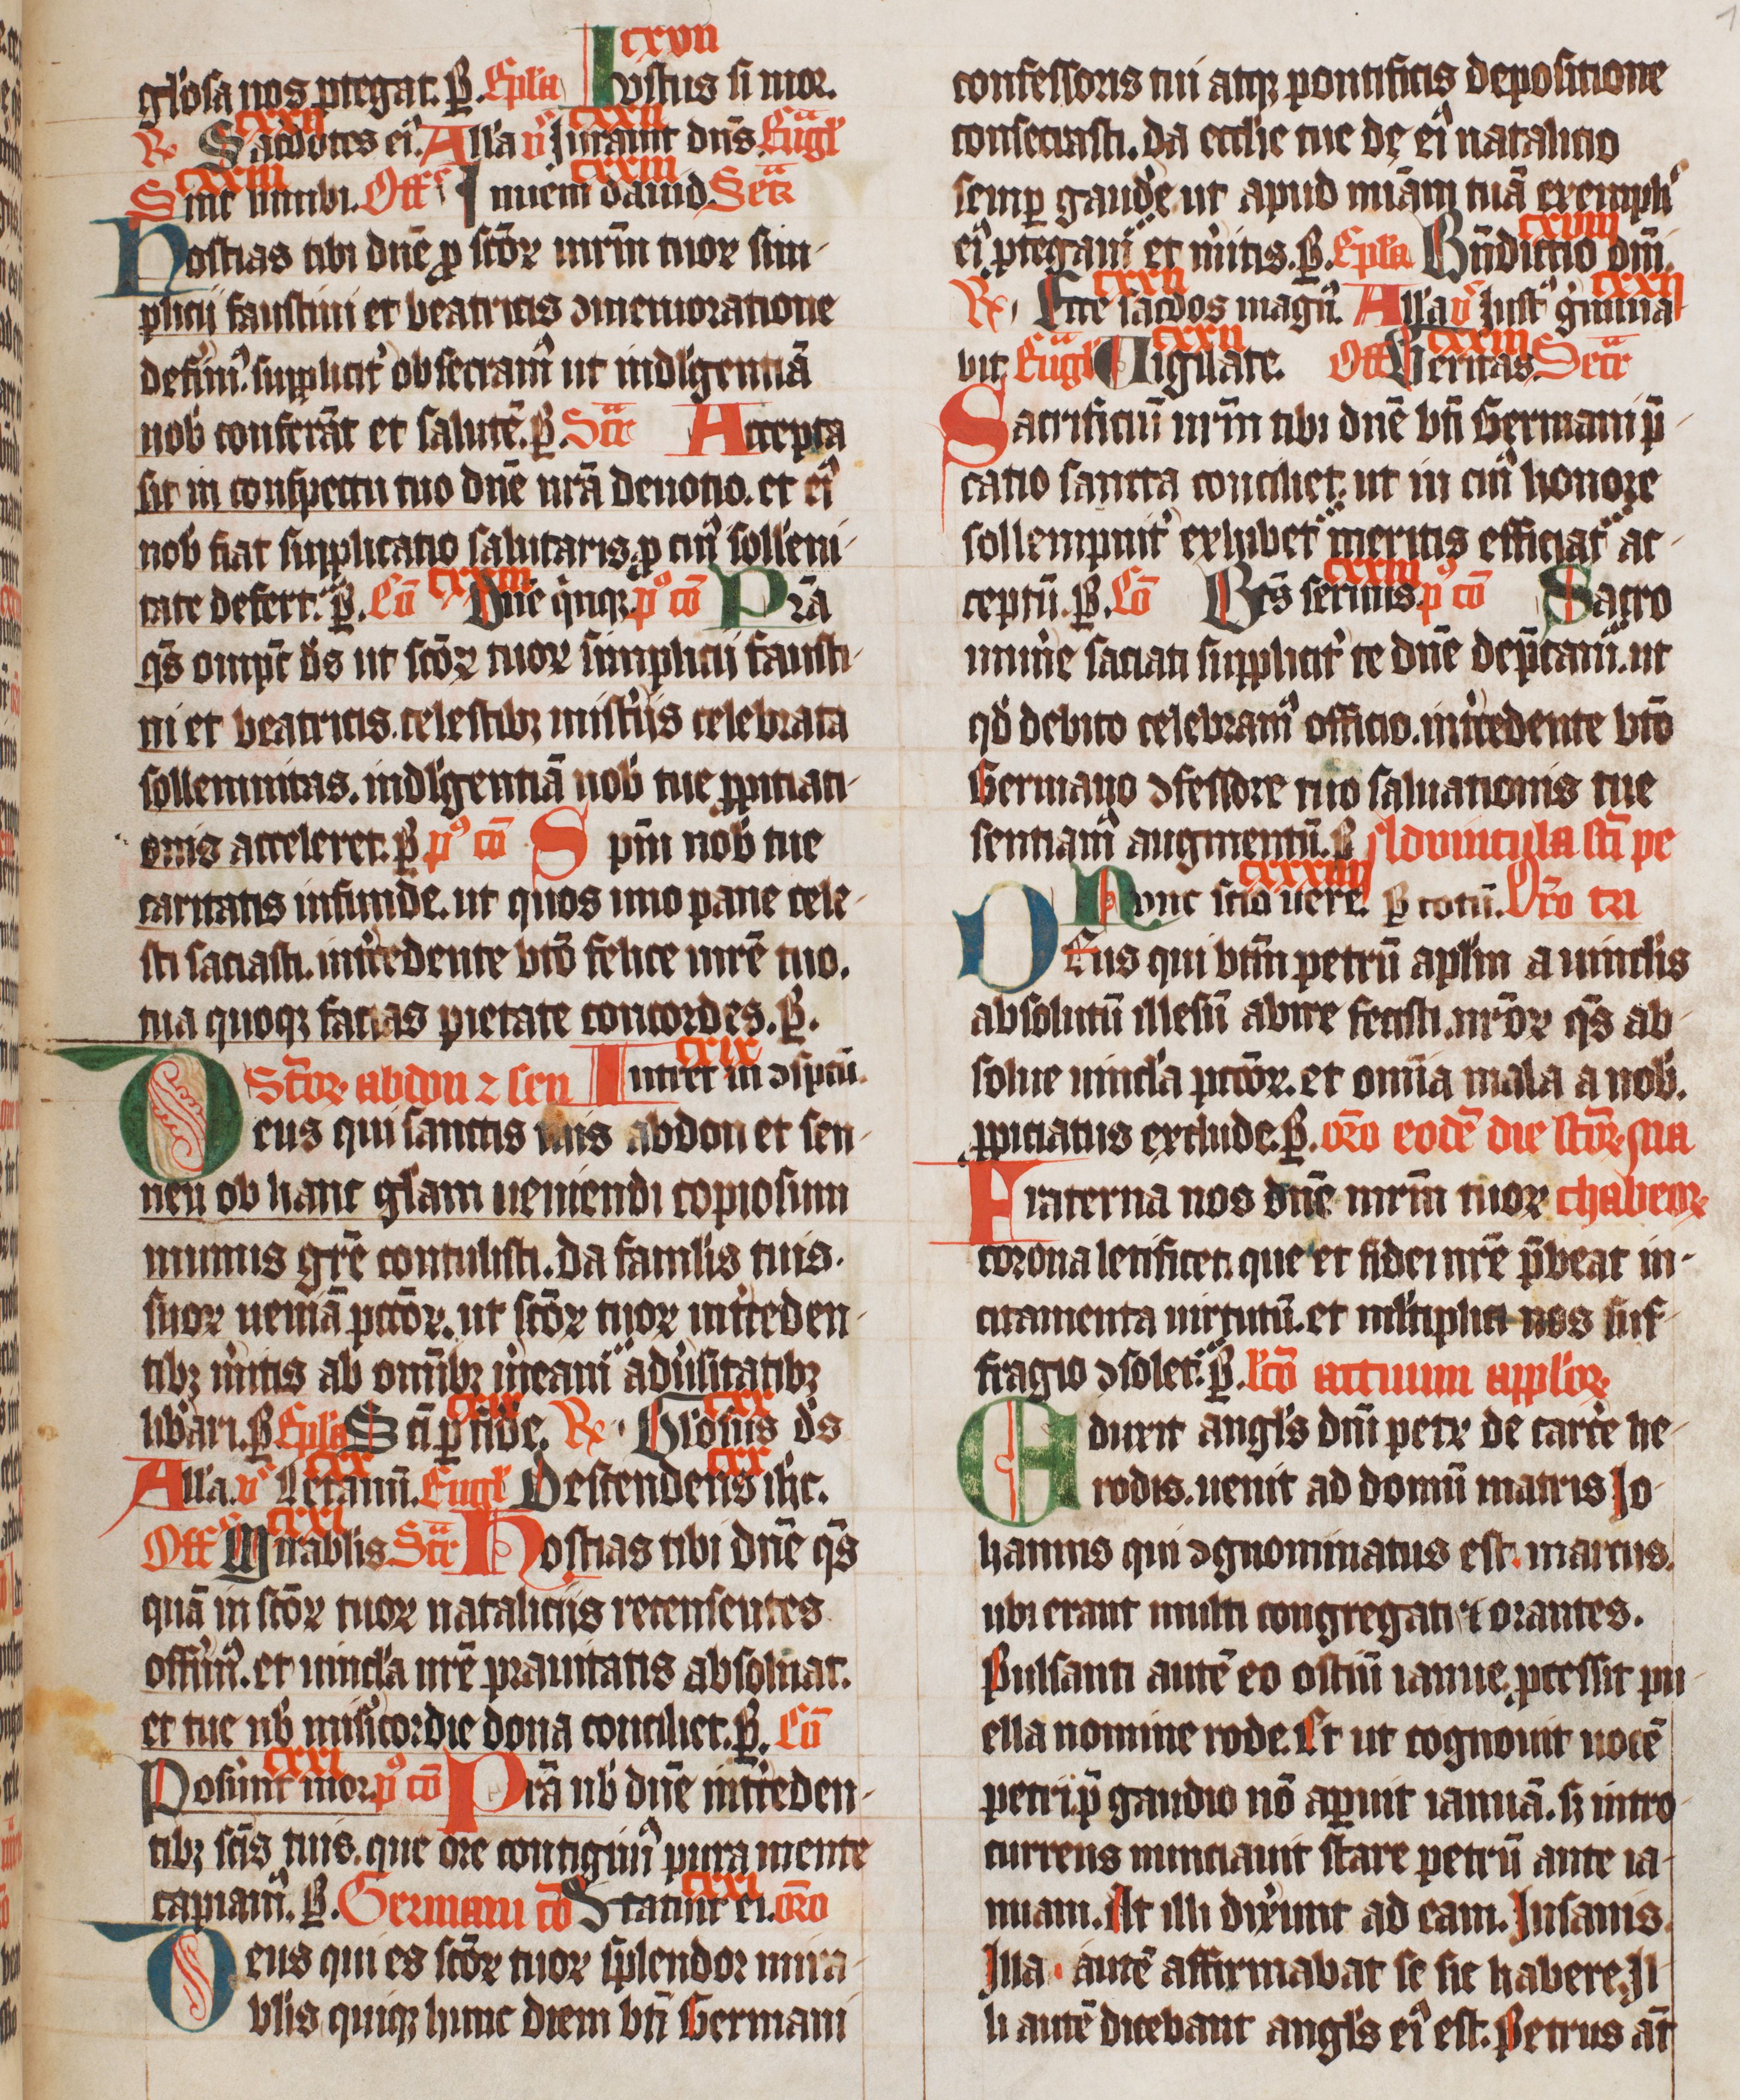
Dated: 1420–1429